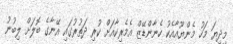
މިދިޔަ މަހު މެންޔޫއާއެކު ހެނާންޑޭޒް އެމެރިކާއަށް ކުރި ދަތުރުގައި އޭނާގެ ބޮލަށް ލިބުނު